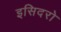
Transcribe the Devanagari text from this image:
इसिदरो